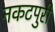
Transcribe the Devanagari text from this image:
नकटपुरी